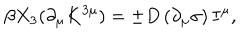
\beta X _ { 3 } ( \partial _ { \mu } K ^ { 3 \mu } ) = \pm D \left( \partial _ { \mu } \sigma \right) I ^ { \mu } ,